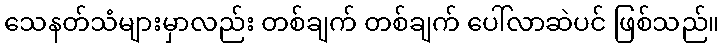
သေနတ်သံများမှာလည်း တစ်ချက် တစ်ချက် ပေါ်လာဆဲပင် ဖြစ်သည်။